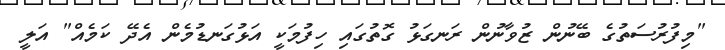
"މިފުރުސަތުގެ ބޭނުން ޒުވާނުން ރަނގަޅު ގޮތުގައި ހިފުމަކީ އަޅުގަނޑުމެން އެދޭ ކަމެއް" އަލީ